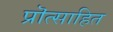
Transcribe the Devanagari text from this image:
प्रॊत्साहित